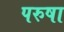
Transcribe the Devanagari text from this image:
परुषा